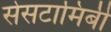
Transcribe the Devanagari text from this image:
सेसटामिबी